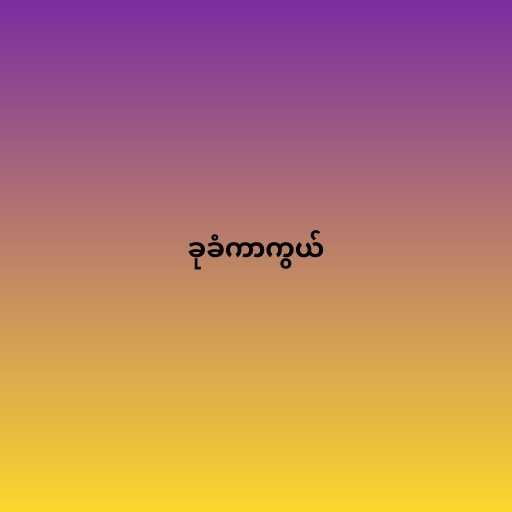
ခုခံကာကွယ်